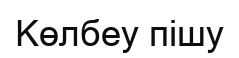
Көлбеу пішу